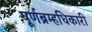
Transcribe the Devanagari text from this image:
पूर्णब्रम्हधिकारी